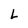
Character: L